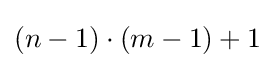
(n-1)\cdot (m-1)+1